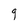
Character: q